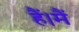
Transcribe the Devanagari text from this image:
हैं।मैं